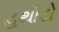
હથોડો